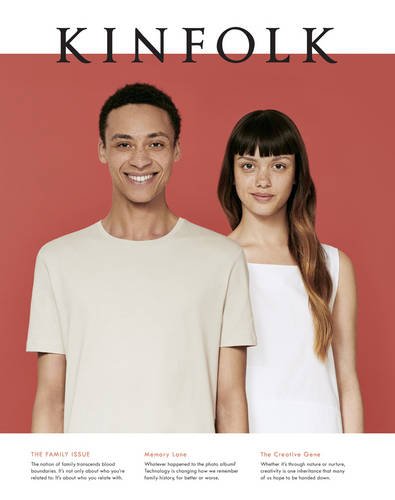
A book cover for Kinfolk Volume 17: The Family Issue; Various; Cookbooks, Food & Wine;